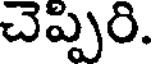
చెప్పిరి.